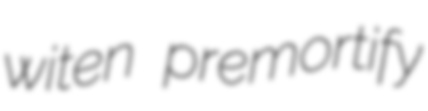
witen premortify